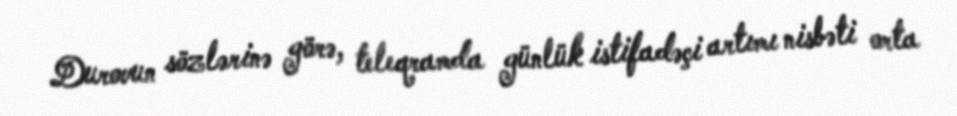
Durovun sözlərinə görə, teleqramda günlük istifadəçi artımı nisbəti orta